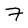
Character: 7